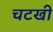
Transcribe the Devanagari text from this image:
चटखी